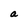
Character: a